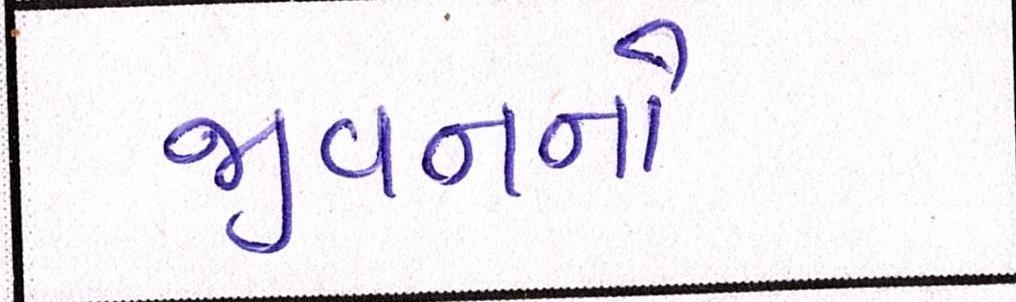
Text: જીવનનો